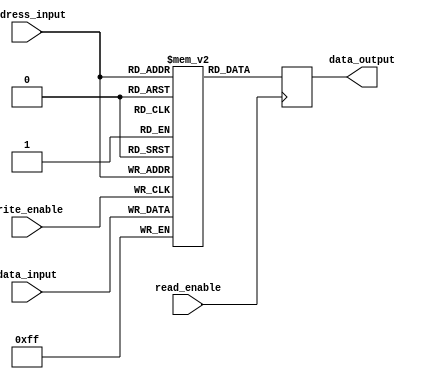
module flash_rom(
    input [7:0] data_input,
    input [7:0] address_input,
    input read_enable,
    input write_enable,
    output reg [7:0] data_output
    );

    reg [7:0] memory [0:255];

    always @ (posedge write_enable)
    begin
        memory[address_input] <= data_input;
    end

    always @ (posedge read_enable)
    begin
        data_output <= memory[address_input];
    end

endmodule